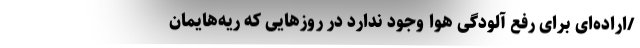
/اراده‌ای برای رفع آلودگی هوا وجود ندارد در روزهایی که ریه‌هایمان